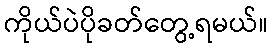
ကိုယ်ပဲပိုခတ်တွေ့ရမယ်။